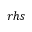
\boldsymbol { r h s }